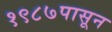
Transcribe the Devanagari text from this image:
१९८७पासून